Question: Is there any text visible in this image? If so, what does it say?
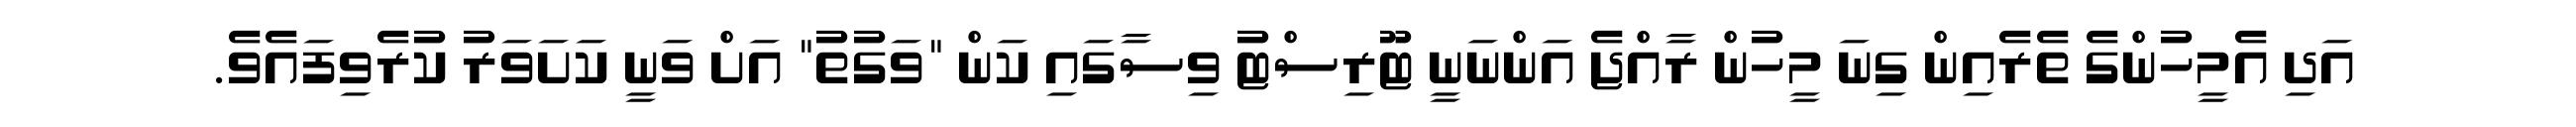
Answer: އަދި އެމީހުންގެ ތެރެއިން ގިނަ މީހުން ރާއްޖެ އަންނަނީ ޓޫރިސްޓު ވިސާގައި ކަން "ވަގުތު" އަށް ވަނީ ކަށަވަރު ކުރެވިފައެވެ.